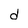
Character: d